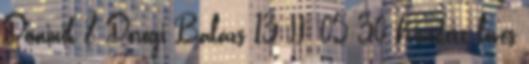
Dominik 8 Dorogi Balázs 13 II. 05:30 Kivédett lövés